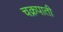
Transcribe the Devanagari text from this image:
चक्रपाती